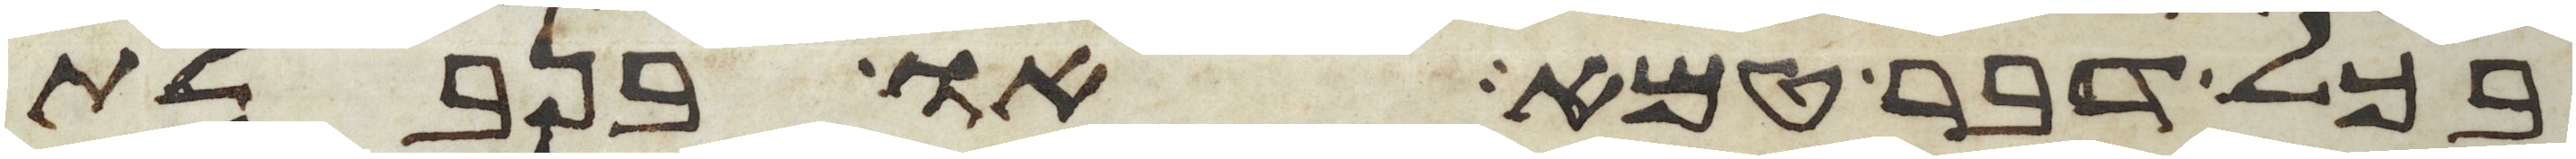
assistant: בכל דבר טמא או בנבלת